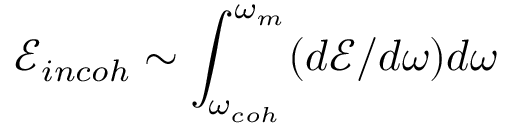
\mathcal { E } _ { i n c o h } \sim \int _ { \omega _ { c o h } } ^ { \omega _ { m } } ( d \mathcal { E } / d \omega ) d \omega